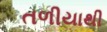
તળીયાથી